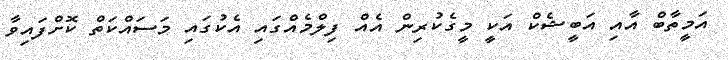
އަމީތާބް އާއި އަބީޝެކް އަކީ މީގެކުރިން އެއް ފިލްމެއްގައި އެކުގައި މަސައްކަތް ކޮށްފައިވާ